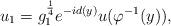
LaTeX: \begin{align*}u_1=g_1^{\frac{1}{4}}e^{-id(y)}u(\varphi^{-1}(y)),\end{align*}